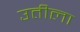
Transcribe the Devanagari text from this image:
उतीला